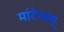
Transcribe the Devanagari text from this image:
मांटेस्क्यू